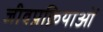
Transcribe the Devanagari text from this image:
जीवप्रक्रियाओं